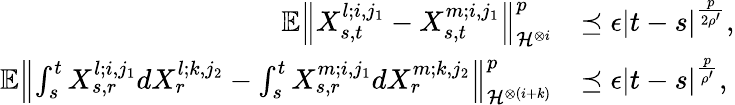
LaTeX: \begin{array}{rl}{\mathbb{E}{\left\lVert{X_{s,t}^{l;i,j_{1}}-X_{s,t}^{m;i,j_{1}}}\right\rVert}_{\mathcal{H}^{\otimes i}}^{p}}&{\preceq\epsilon\left|t-s\right|^{\frac{p}{2\rho^{\prime}}},}\\ {\mathbb{E}{\left\lVert{\int_{s}^{t}X_{s,r}^{l;i,j_{1}}dX_{r}^{l;k,j_{2}}-\int_{s}^{t}X_{s,r}^{m;i,j_{1}}dX_{r}^{m;k,j_{2}}}\right\rVert}_{\mathcal{H}^{\otimes(i+k)}}^{p}}&{\preceq\epsilon\left|t-s\right|^{\frac{p}{\rho^{\prime}}},}\end{array}